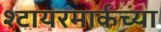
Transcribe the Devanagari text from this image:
श्टायरमार्कच्या